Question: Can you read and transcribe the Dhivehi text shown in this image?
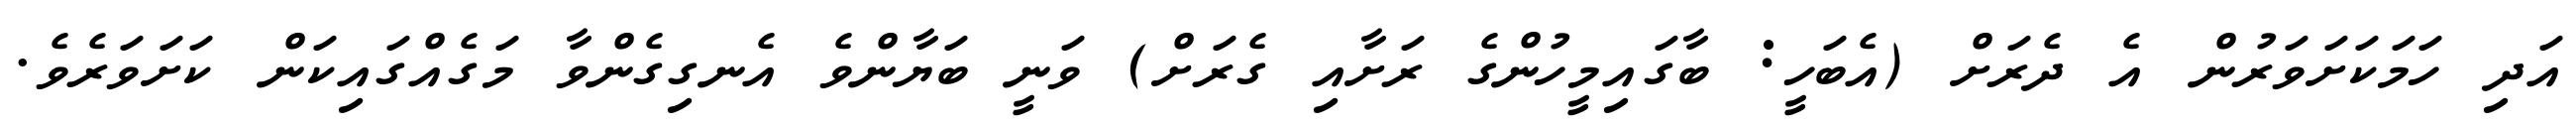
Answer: އަދި ހަމަކަށަވަރުން އެ ދެރަށް (އެބަހީ: ބާގައިމީހުންގެ ރަށާއި ގެރަށް) ވަނީ ބަޔާންވެ އެނގިގެންވާ މަގެއްގައިކަން ކަށަވަރެވެ.